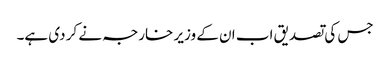
جس کی تصدیق اب ان کے وزیر خارجہ نے کر دی ہے۔